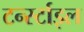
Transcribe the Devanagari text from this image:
टर्न्स्टाइल